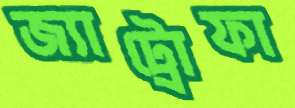
জ্যাট্রোফা